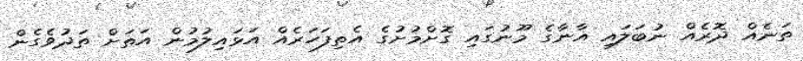
ތަނެއް ދޮރެއް ނުބަލައި އާނާގެ މޫނުގައި ގޮށްމުށުގެ އެތިފަހަރެއް އަޅައިލުމުން އަތަށް ތަދުވެގެން